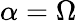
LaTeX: \alpha=\Omega